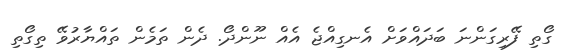
ގޯތި ފޭރިގަންނަ ބަދައްވަށް އެނގިއްޖެ އެއް ނޫންދޯ. ދެން ތަމެން ތައްޔާރުވޭ ތިގޯތި